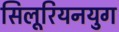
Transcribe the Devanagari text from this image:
सिलूरियनयुग